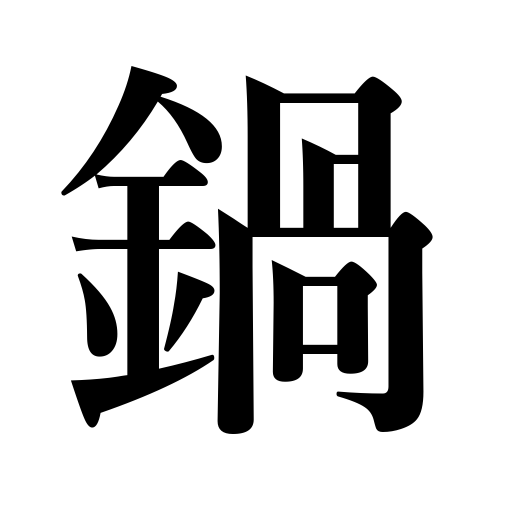
Meanings: pot,pan,kettle